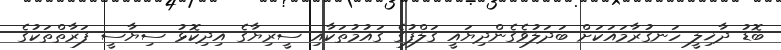
ބޮޑު ދާޚިލީ ހަނގުރާމައަކަށް ބަދަލުވެގެންދިޔައީ ގަލްފުގެ ގައުމުތަކާއި ސީރިޔާގެ އިދިކޮޅު ސިޔާސީ ފަރާތްތަކުގެ